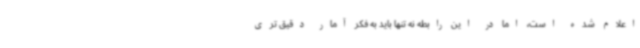
اعلام شده است، اما در این رابطه نه تنها باید به فکر آمار دقیق تری